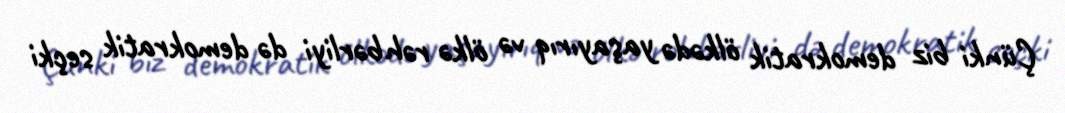
Çünki biz demokratik ölkədə yaşayırıq və ölkə rəhbərliyi də demokratik seçki